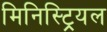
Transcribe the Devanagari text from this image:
मिनिस्ट्रियल